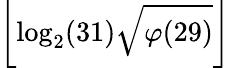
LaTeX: \left\lfloor\log_{2}(31){\sqrt{\varphi(29)}}\right\rfloor